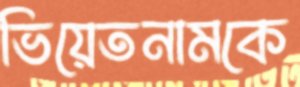
ভিয়েতনামকে